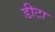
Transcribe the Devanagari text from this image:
डीटा